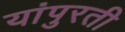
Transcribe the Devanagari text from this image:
यांपुरती